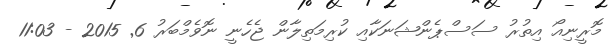
މޮރީނިއޯ އިތުރު ސަސްޕެންޝަނަކާއި ކުރިމަތިލާން ޖެހެނީ ނޮވެމްބަރު 6